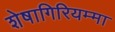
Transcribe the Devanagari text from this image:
शेषागिरियम्मा